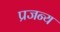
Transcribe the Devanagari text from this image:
प्रजन्य